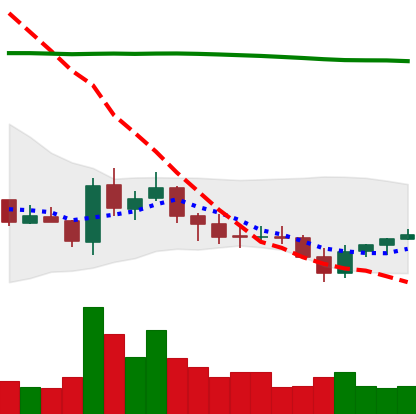
Ticker: EOS-USD
Chart end date: 2021-07-24
Forward return: 7.791%
Label: up_7plus